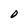
Character: O